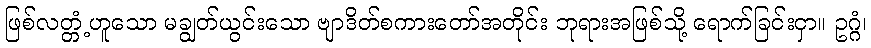
ဖြစ်လတ္တံ့ဟူသော မချွတ်ယွင်းသော ဗျာဒိတ်စကားတော်အတိုင်း ဘုရားအဖြစ်သို့ ရောက်ခြင်းငှာ။ ဥဂ္ဂံ၊